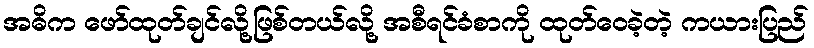
အဓိက ဖော်ထုတ်ချင်လို့ဖြစ်တယ်လို့ အစီရင်ခံစာကို ထုတ်ဝေခဲ့တဲ့ ကယားပြည်